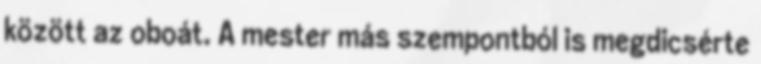
között az oboát. A mester más szempontból is megdicsérte